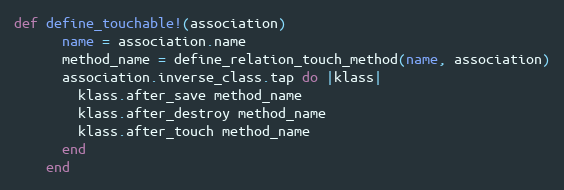
Language: Ruby
def define_touchable!(association)
      name = association.name
      method_name = define_relation_touch_method(name, association)
      association.inverse_class.tap do |klass|
        klass.after_save method_name
        klass.after_destroy method_name
        klass.after_touch method_name
      end
    end